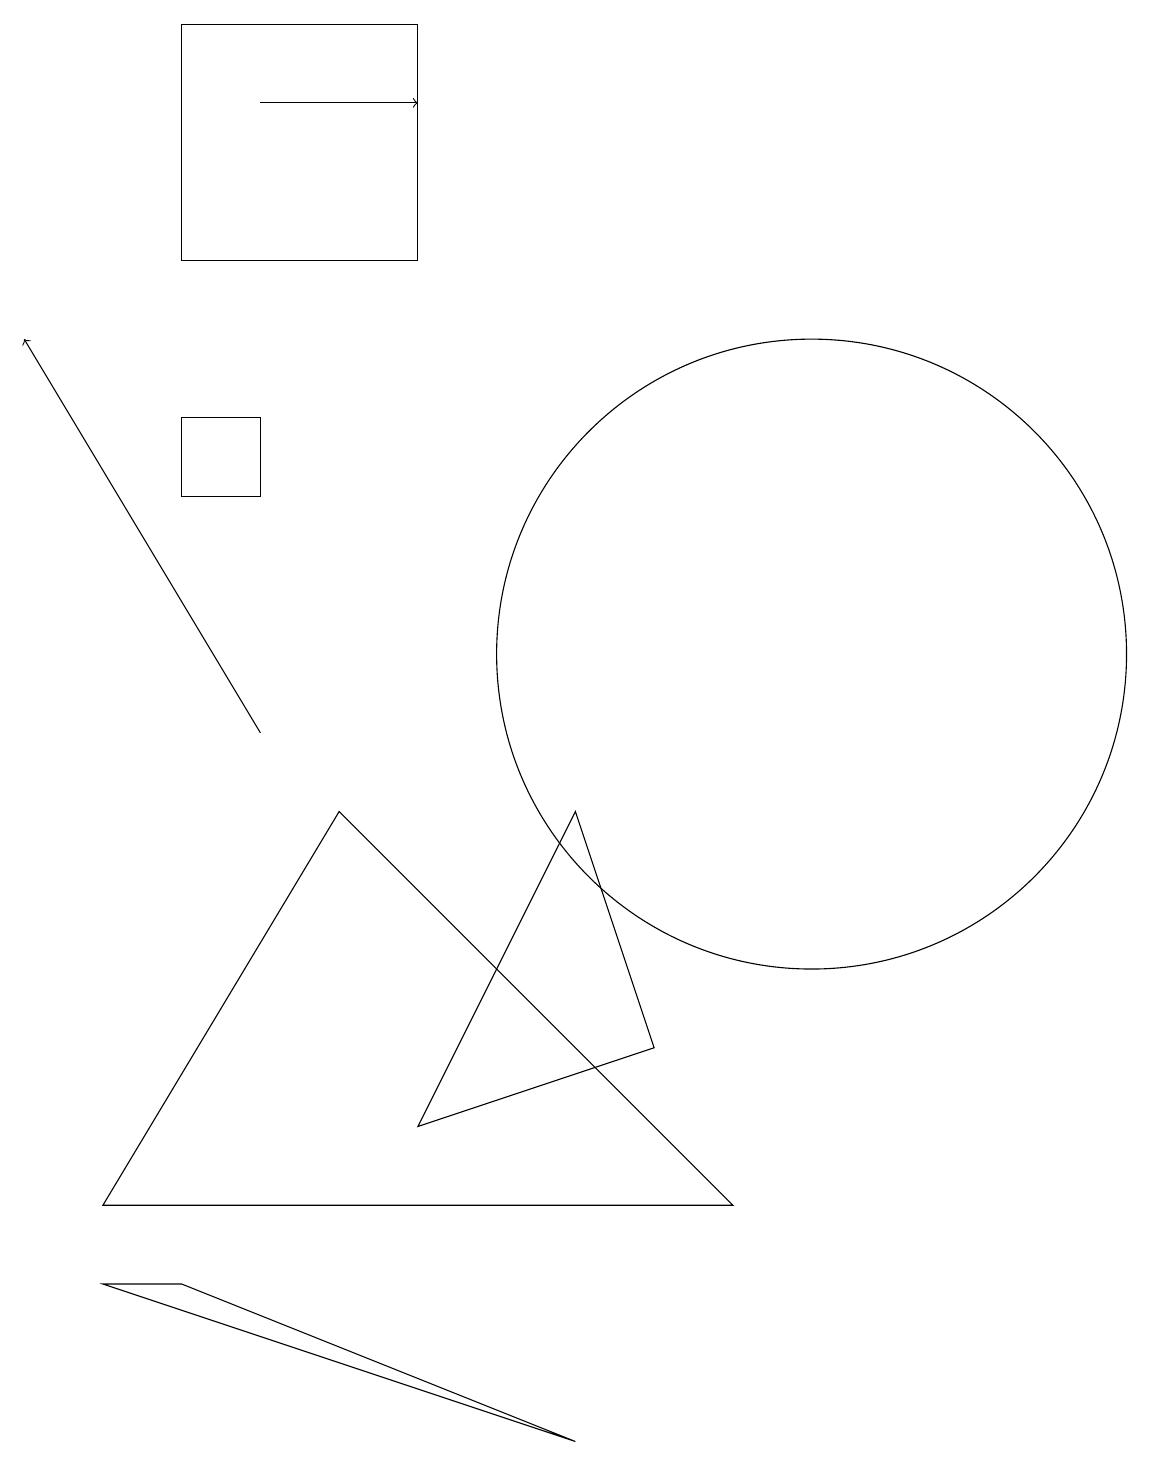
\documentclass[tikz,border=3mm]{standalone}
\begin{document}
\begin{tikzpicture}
\draw (2,14) rectangle (3,13);
\draw (5,19) rectangle (2,16);
\draw (8,6) -- (5,5) -- (7,9) -- cycle;
\draw (7,1) -- (1,3) -- (2,3) -- cycle;
\draw (1,4) -- (9,4) -- (4,9) -- cycle;
\draw[->] (3,18) -- (5,18);
\draw (10,11) circle (4);
\draw[->] (3,10) -- (0,15);
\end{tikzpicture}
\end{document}